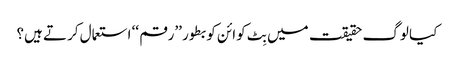
کیا لوگ حقیقت میں بِٹ کوائن کو بطور ’’رقم ‘‘ استعمال کرتے ہیں؟